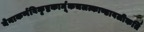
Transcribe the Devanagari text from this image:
येनाकर्णविकृष्टकार्मूकचलत्काण्डावलीकर्ति